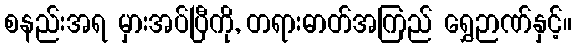
စနည်းအရ မှားအပ်ပြီကို, တရားဓာတ်အကြည် ရွှေဉာဏ်နှင့်။